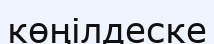
көңілдеске